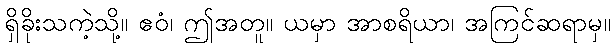
ရှိခိုးသကဲ့သို့။ ဧဝံ၊ ဤအတူ။ ယမှာ အာစရိယာ၊ အကြင်ဆရာမှ။